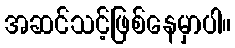
အဆင်သင့်ဖြစ်နေမှာပါ။